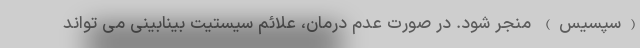
(سپسیس) منجر شود. در صورت عدم درمان، علائم سیستیت بینابینی می تواند